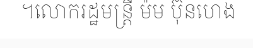
។លោករដ្ឋមន្ត្រី ម៉ម ប៊ុនហេង